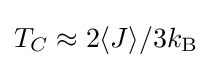
T_{C}\approx 2\langle J\rangle /3k_{\textrm {B}}